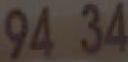
9434